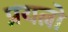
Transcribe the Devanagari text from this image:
प्रयत्नो